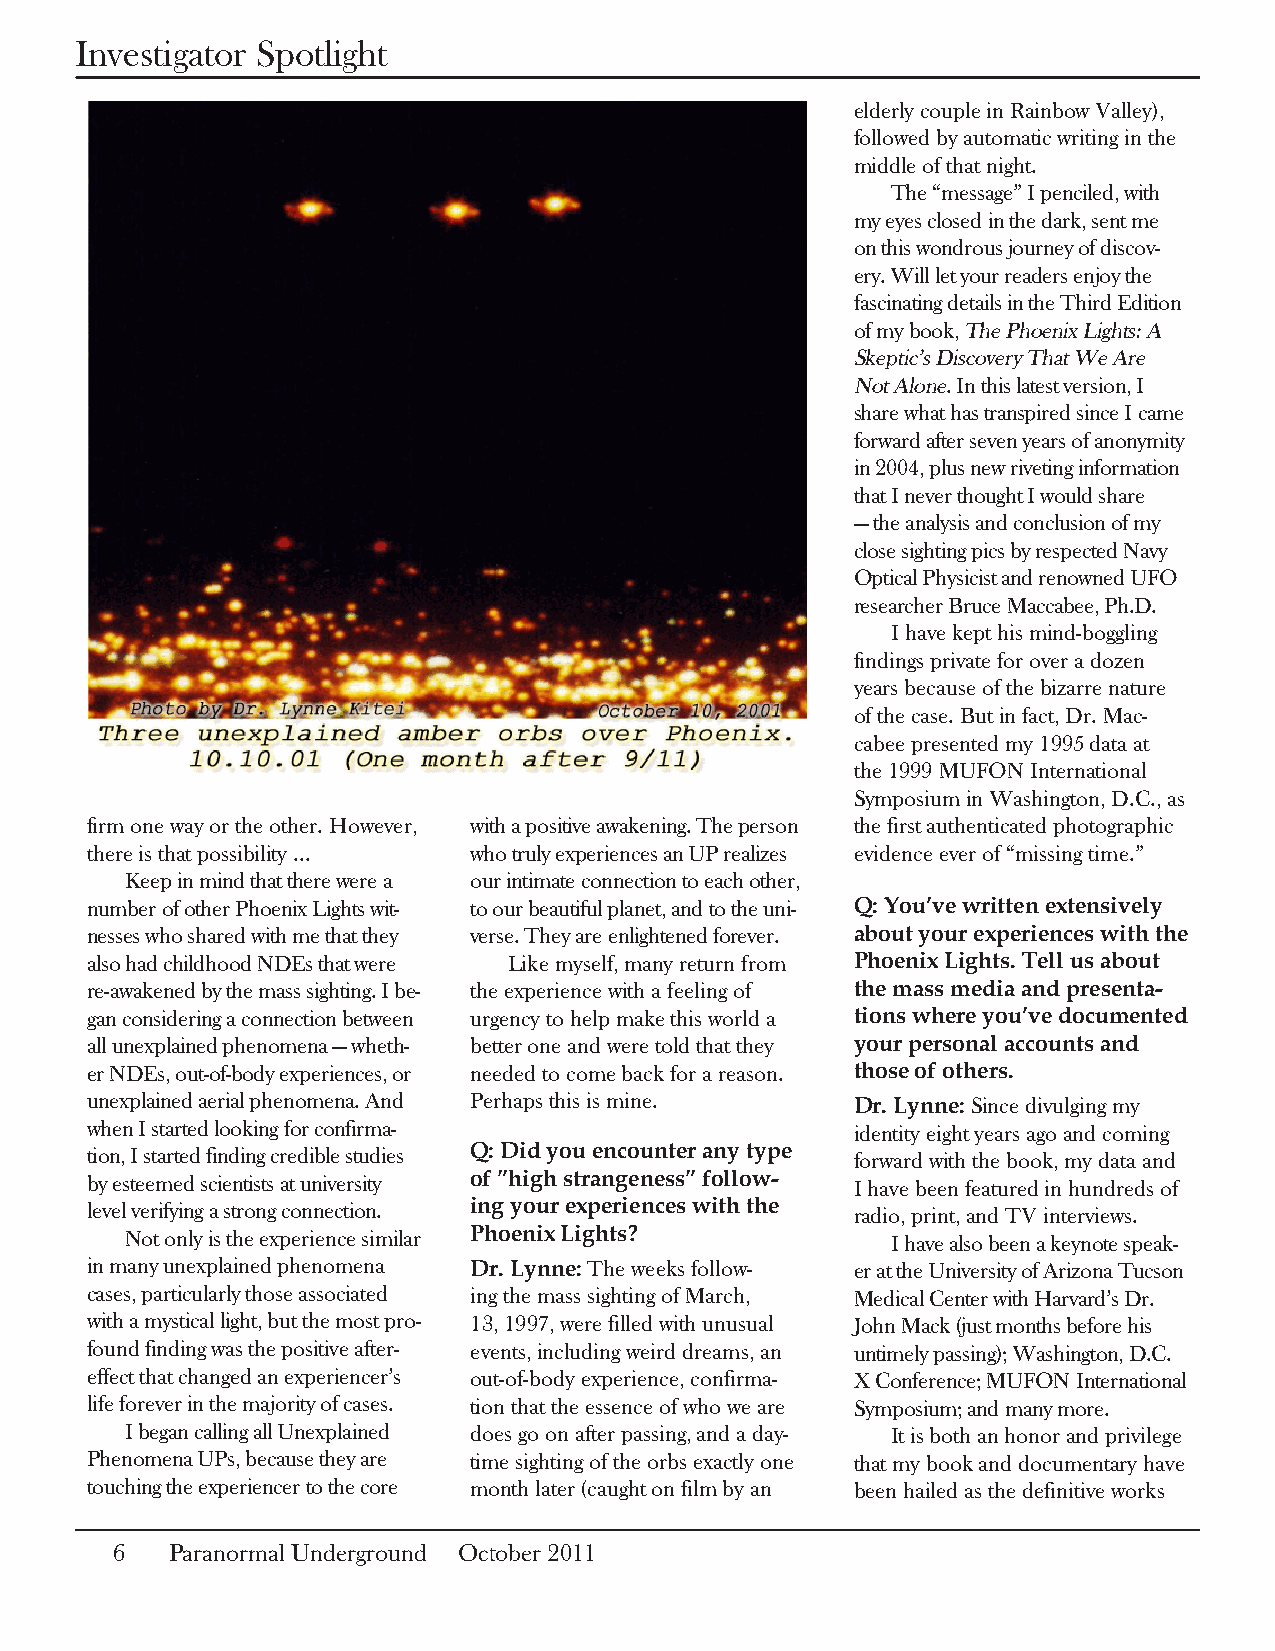
Investigator Spotlight
 elderly couple in Rainbow Valley),
 followed by automatic writing in the
 middle of that night.
 The “message” I penciled, with
 my eyes closed in the dark, sent me
 on this wondrous journey of discov-
 ery. Will let your readers enjoy the
 fascinating details in the Third Edition
 of my book, The Phoenix Lights: A
 Skeptic’s Discovery That We Are
 Not Alone. In this latest version, I
 share what has transpired since I came
 forward after seven years of anonymity
 in 2004, plus new riveting information
 that I never thought I would share
 — the analysis and conclusion of my
 close sighting pics by respected Navy
 Optical Physicist and renowned UFO
 researcher Bruce Maccabee, Ph.D.
 I have kept his mind-boggling
 findings private for over a dozen
 years because of the bizarre nature
 of the case. But in fact, Dr. Mac-
 cabee presented my 1995 data at
 the 1999 MUFON International
 Symposium in Washington, D.C., as
 firm one way or the other. However, with a positive awakening. The person the first authenticated photographic
 there is that possibility ... who truly experiences an UP realizes evidence ever of “missing time.”
 Keep in mind that there were a our intimate connection to each other,
 number of other Phoenix Lights wit- to our beautiful planet, and to the uni- Q: You’ve written extensively
 nesses who shared with me that they verse. They are enlightened forever. about your experiences with the
 also had childhood NDEs that were Like myself, many return from Phoenix Lights. Tell us about
 re-awakened by the mass sighting. I be- the experience with a feeling of the mass media and presenta-
 gan considering a connection between urgency to help make this world a tions where you’ve documented
 all unexplained phenomena — wheth- better one and were told that they your personal accounts and
 er NDEs, out-of-body experiences, or needed to come back for a reason. those of others.
 unexplained aerial phenomena. And Perhaps this is mine. Dr. Lynne: Since divulging my
 when I started looking for confirma-               identity eight years ago and coming
 tion, I started finding credible studies Q: Did you encounter any type forward with the book, my data and
 by esteemed scientists at university of ”high strangeness” follow- I have been featured in hundreds of
 level verifying a strong connection. ing your experiences with the radio, print, and TV interviews.
 Not only is the experience similar Phoenix Lights? I have also been a keynote speak-
 in many unexplained phenomena Dr. Lynne: The weeks follow- er at the University of Arizona Tucson
 cases, particularly those associated ing the mass sighting of March, Medical Center with Harvard’s Dr.
 with a mystical light, but the most pro- 13, 1997, were filled with unusual John Mack (just months before his
 found finding was the positive after- events, including weird dreams, an untimely passing); Washington, D.C.
 effect that changed an experiencer’s out-of-body experience, confirma- X Conference; MUFON International
 life forever in the majority of cases. tion that the essence of who we are Symposium; and many more.
 I began calling all Unexplained does go on after passing, and a day- It is both an honor and privilege
 Phenomena UPs, because they are time sighting of the orbs exactly one that my book and documentary have
 touching the experiencer to the core month later (caught on film by an been hailed as the definitive works
 6   Paranormal Underground October 2011